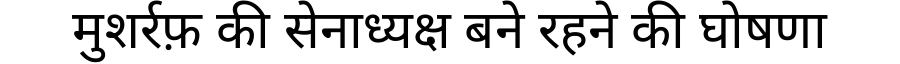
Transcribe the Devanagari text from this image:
मुशर्रफ़ की सेनाध्यक्ष बने रहने की घोषणा